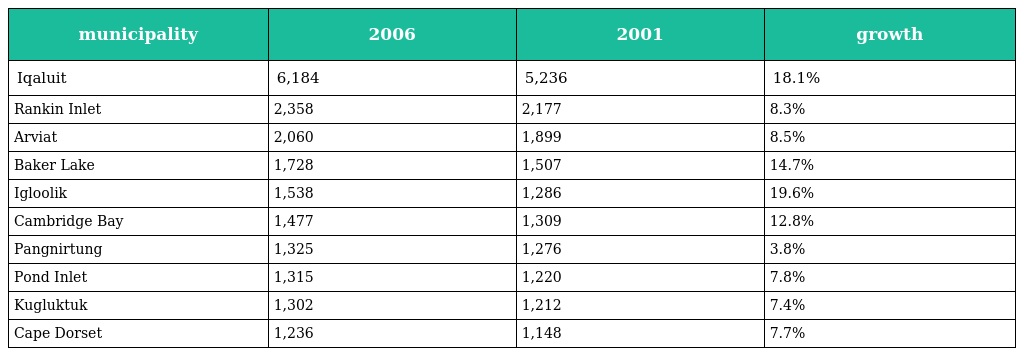
| municipality | 2006 | 2001 | growth |
 | --- | --- | --- | --- |
 | Iqaluit | 6,184 | 5,236 | 18.1% |
 | Rankin Inlet | 2,358 | 2,177 | 8.3% |
 | Arviat | 2,060 | 1,899 | 8.5% |
 | Baker Lake | 1,728 | 1,507 | 14.7% |
 | Igloolik | 1,538 | 1,286 | 19.6% |
 | Cambridge Bay | 1,477 | 1,309 | 12.8% |
 | Pangnirtung | 1,325 | 1,276 | 3.8% |
 | Pond Inlet | 1,315 | 1,220 | 7.8% |
 | Kugluktuk | 1,302 | 1,212 | 7.4% |
 | Cape Dorset | 1,236 | 1,148 | 7.7% |